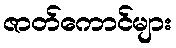
ဇာတ်ကောင်များ